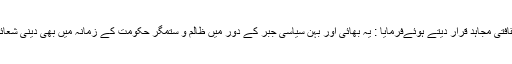
انہوں نے شہید صدر اور ان کی خواہر گرامی کو علمی و ثقافتی مجاہد قرار دیتے ہوئےفرمایا : یہ بھائی اور بہن سیاسی جبر کے دور میں ظالم و ستمگر حکومت کے زمانہ میں بھی دینی شعائر اور اسلامی مقدسات کا دفاع کرنے میں پیش پیش رہے ۔